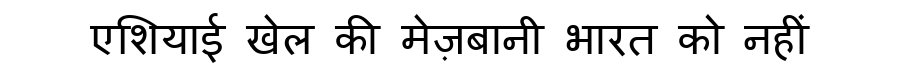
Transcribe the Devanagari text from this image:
एशियाई खेल की मेज़बानी भारत को नहीं